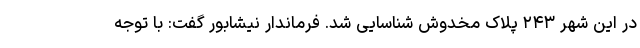
در این شهر ۲۴۳ پلاک مخدوش شناسایی شد. فرماندار نیشابور گفت: با توجه